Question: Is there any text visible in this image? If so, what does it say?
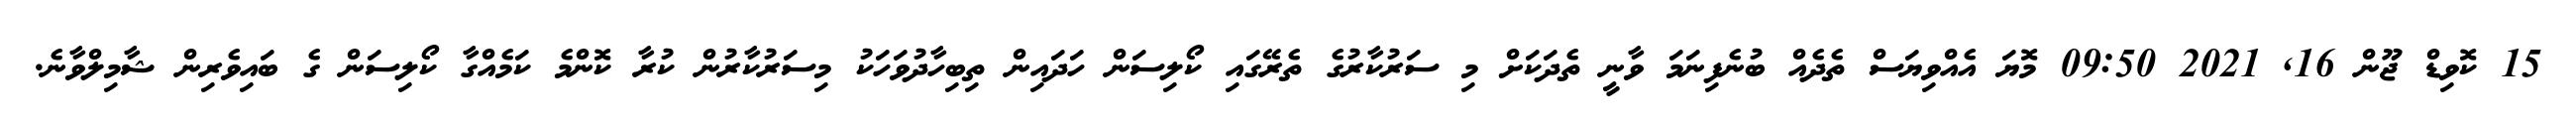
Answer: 15 ކޮވިޑް ޖޫން 16, 2021 09:50 މޮޔަ އެއްވިޔަސް ތެދެއް ބުނެފިނަމަ ވާނީ ތެދަކަށް މި ސަރުކާރުގެ ތެރޭގައި ކޯލިސަން ހަދައިން ތިބިހާދުވަހަކު މިސަރުކާރުން ކުރާ ކޮންމެ ކަމެއްގާ ކޯލިސަން ގެ ބައިވެރިން ޝާމިލްވާނެ.